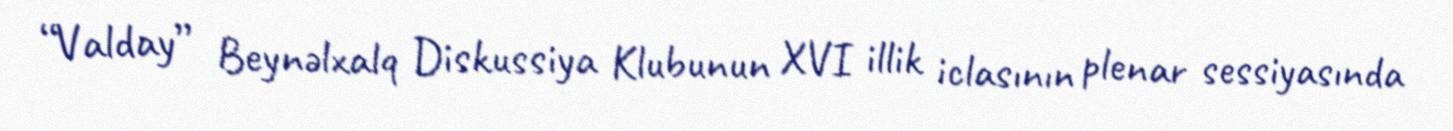
“Valday” Beynəlxalq Diskussiya Klubunun XVI illik iclasının plenar sessiyasında